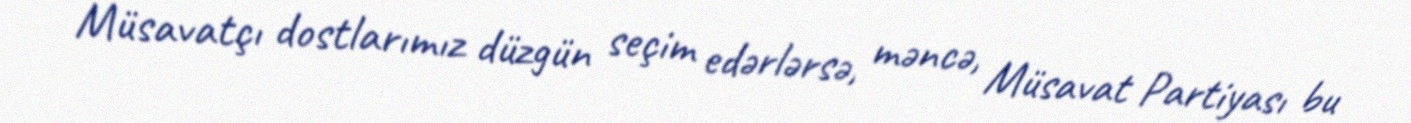
Müsavatçı dostlarımız düzgün seçim edərlərsə, məncə, Müsavat Partiyası bu